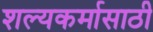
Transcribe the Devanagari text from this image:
शल्यकर्मासाठी